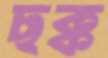
ছক্ক